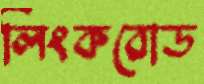
লিংকরোড